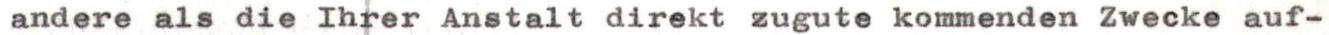
andere als die Ihrer Anstalt direkt zugute kommenden Zwecke auf-